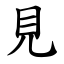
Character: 見